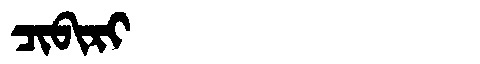
Manchu: ᠴᡳᠪᡳᡵᡳ
Romanization: CIBIRI